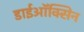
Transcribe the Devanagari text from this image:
डाईऑक्सिन